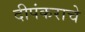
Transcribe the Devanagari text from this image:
दीपंकराचे